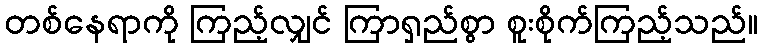
တစ်နေရာကို ကြည့်လျှင် ကြာရှည်စွာ စူးစိုက်ကြည့်သည်။